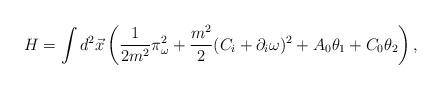
\begin{align*} H=\int d^2\vec x\left(\frac1{2m^2}\pi_{\omega}^2+\frac{m^2}{2}(C_i+\partial_i\omega)^2+A_0\theta_1+C_0\theta_2\right),\end{align*}